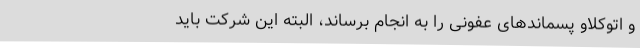
و اتوکلاو پسماندهای عفونی را به انجام برساند، البته این شرکت باید